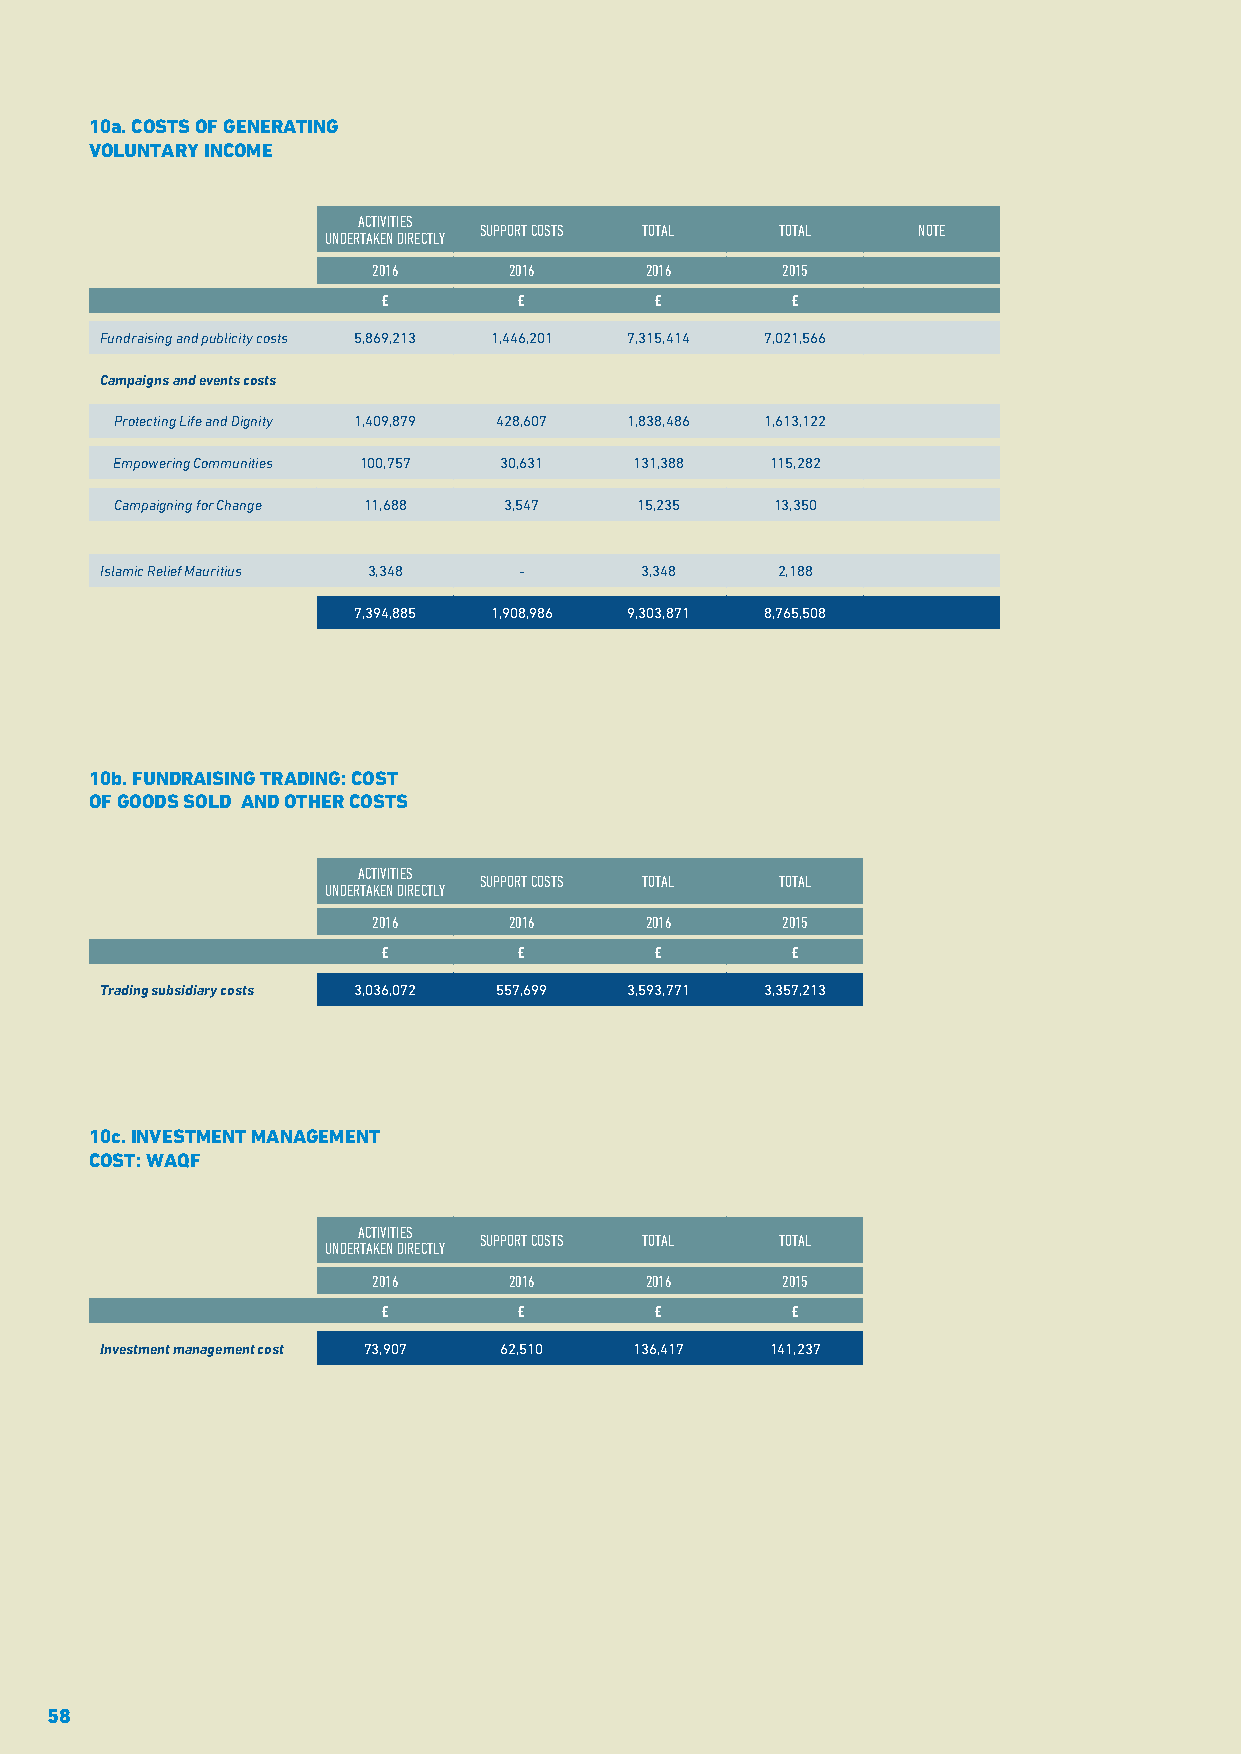
10a. COSTS OF GENERATING
 VOLUNTARY INCOME
 ACTIVITIES
 SUPPORT COSTS TOTAL TOTAL    NOTE
 UNDERTAKEN DIRECTLY
 2016     2016     2016     2015
 £        £        £        £
 Fundraising and publicity costs 5,869,213 1,446,201 7,315,414 7,021,566
 Campaigns and events costs
 Protecting Life and Dignity 1,409,879 428,607 1,838,486 1,613,122
 Empowering Communities 100,757 30,631 131,388 115,282
 Campaigning for Change 11,688 3,547 15,235 13,350
 Islamic Relief Mauritius 3,348 -   3,348    2,188
 7,394,885 1,908,986 9,303,871 8,765,508
 10b. FUNDRAISING TRADING: COST
 OF GOODS SOLD AND OTHER COSTS
 ACTIVITIES
 SUPPORT COSTS TOTAL TOTAL
 UNDERTAKEN DIRECTLY
 2016     2016     2016     2015
 £        £        £        £
 Trading subsidiary costs 3,036,072 557,699 3,593,771 3,357,213
 10c. INVESTMENT MANAGEMENT
 COST: WAQF
 ACTIVITIES
 SUPPORT COSTS TOTAL TOTAL
 UNDERTAKEN DIRECTLY
 2016     2016     2016     2015
 £        £        £        £
 Investment management cost 73,907 62,510 136,417 141,237
 58